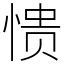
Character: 愦